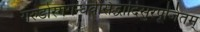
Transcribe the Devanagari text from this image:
गरुडोरगगन्धर्वसिद्धादिसुरपूजितम्